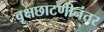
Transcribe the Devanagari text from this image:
वृक्षछाटणीनंतर